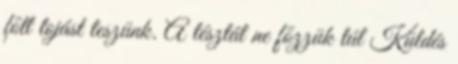
főtt tojást teszünk. A tésztát ne főzzük túl Küldés